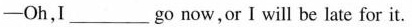
-Oh,I___go now,or I will be late for it.